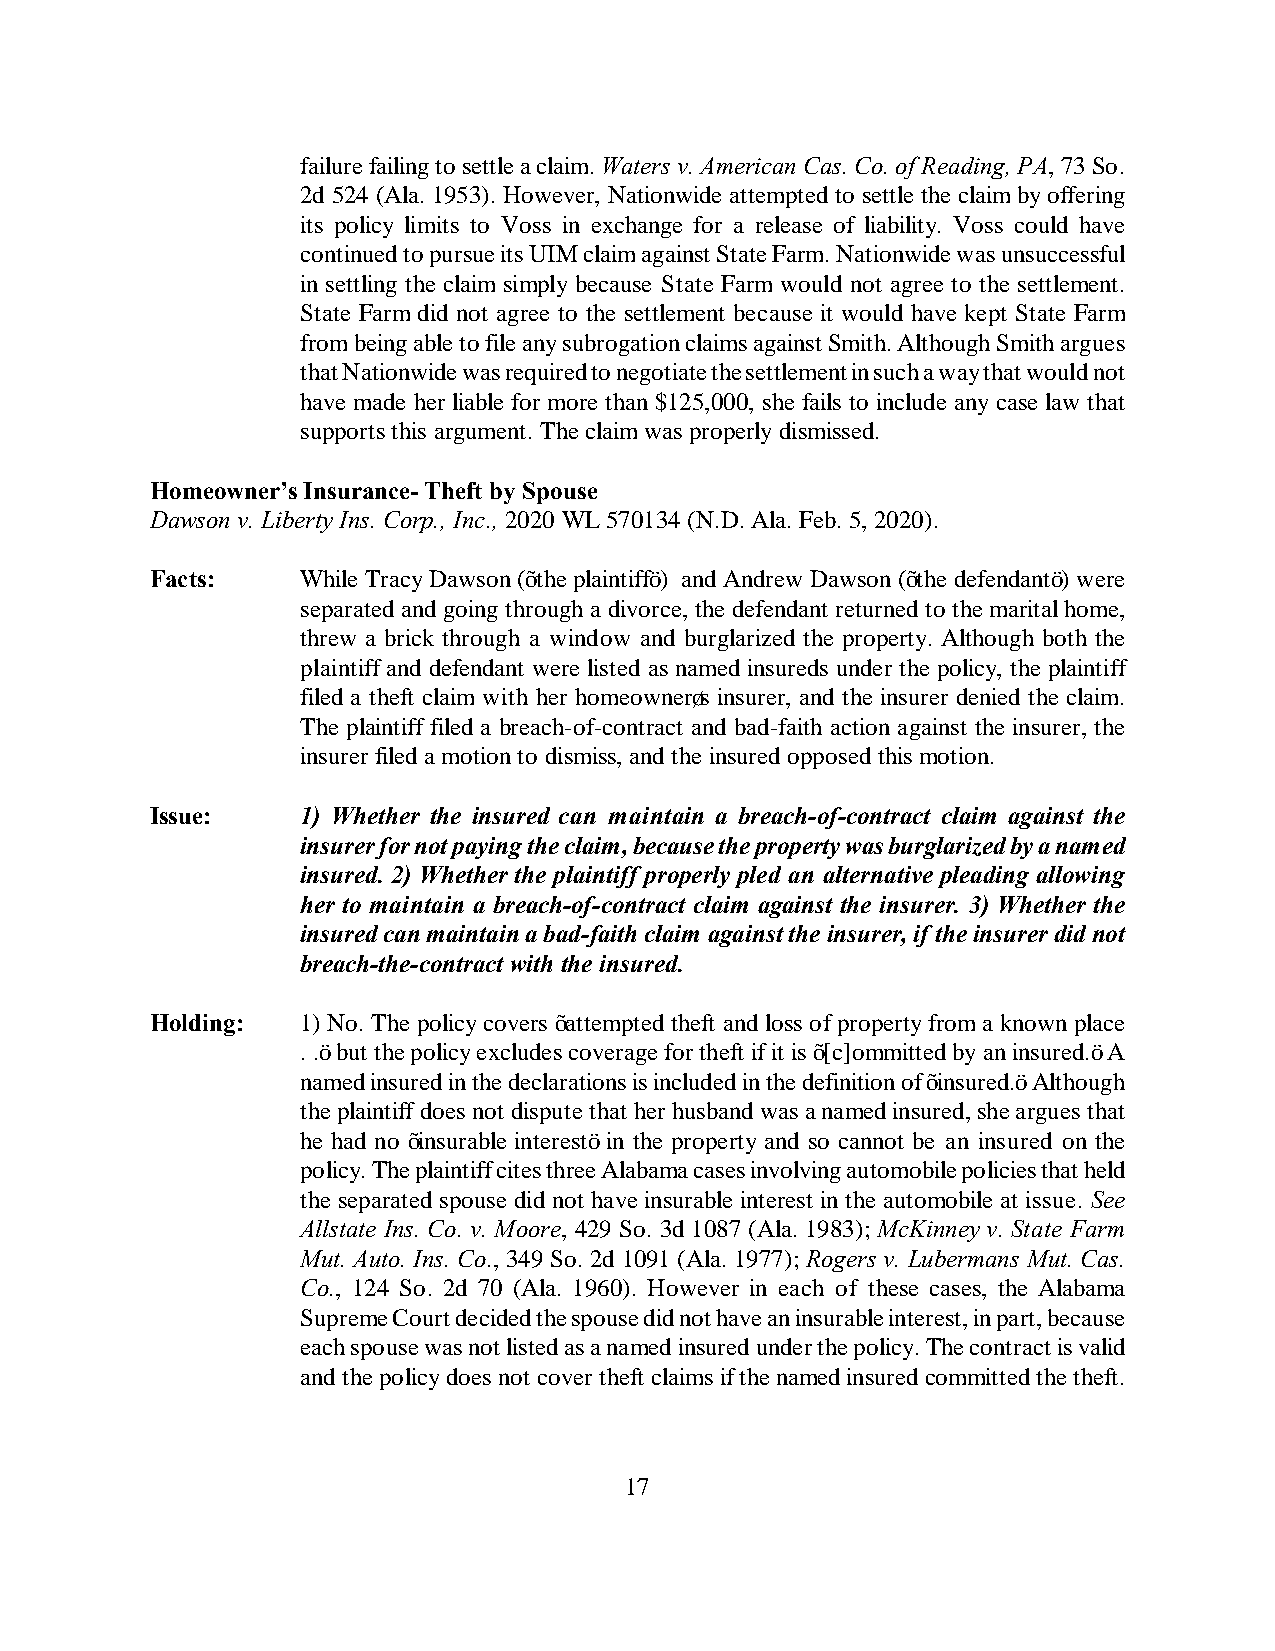
failure failing to settle a claim. Waters v. American Cas. Co. of Reading, PA, 73 So.
 2d 524 (Ala. 1953). However, Nationwide attempted to settle the claim by offering
 its policy limits to Voss in exchange for a release of liability. Voss could have
 continued to pursue its UIM claim against State Farm. Nationwide was unsuccessful
 in settling the claim simply because State Farm would not agree to the settlement.
 State Farm did not agree to the settlement because it would have kept State Farm
 from being able to file any subrogation claims against Smith. Although Smith argues
 that Nationwide was required to negotiate the settlement in such a way that would not
 have made her liable for more than $125,000, she fails to include any case law that
 supports this argument. The claim was properly dismissed.
 Homeowner’s Insurance- Theft by Spouse
 Dawson v. Liberty Ins. Corp., Inc., 2020 WL 570134 (N.D. Ala. Feb. 5, 2020).
 Facts:    While Tracy Dawson (“the plaintiff”) and Andrew Dawson (“the defendant”) were
 separated and going through a divorce, the defendant returned to the marital home,
 threw a brick through a window and burglarized the property. Although both the
 plaintiff and defendant were listed as named insureds under the policy, the plaintiff
 filed a theft claim with her homeowner’s insurer, and the insurer denied the claim.
 The plaintiff filed a breach-of-contract and bad-faith action against the insurer, the
 insurer filed a motion to dismiss, and the insured opposed this motion.
 Issue:    1) Whether the insured can maintain a breach-of-contract claim against the
 insurer for not paying the claim, because the property was burglarized by a named
 insured. 2) Whether the plaintiff properly pled an alternative pleading allowing
 her to maintain a breach-of-contract claim against the insurer. 3) Whether the
 insured can maintain a bad-faith claim against the insurer, if the insurer did not
 breach-the-contract with the insured.
 Holding:  1) No. The policy covers “attempted theft and loss of property from a known place
 . .” but the policy excludes coverage for theft if it is “[c]ommitted by an insured.” A
 named insured in the declarations is included in the definition of “insured.” Although
 the plaintiff does not dispute that her husband was a named insured, she argues that
 he had no “insurable interest” in the property and so cannot be an insured on the
 policy. The plaintiff cites three Alabama cases involving automobile policies that held
 the separated spouse did not have insurable interest in the automobile at issue. See
 Allstate Ins. Co. v. Moore, 429 So. 3d 1087 (Ala. 1983); McKinney v. State Farm
 Mut. Auto. Ins. Co., 349 So. 2d 1091 (Ala. 1977); Rogers v. Lubermans Mut. Cas.
 Co., 124 So. 2d 70 (Ala. 1960). However in each of these cases, the Alabama
 Supreme Court decided the spouse did not have an insurable interest, in part, because
 each spouse was not listed as a named insured under the policy. The contract is valid
 and the policy does not cover theft claims if the named insured committed the theft.
 17